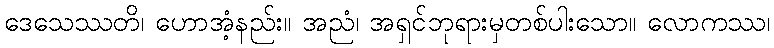
ဒေသေဿတိ၊ ဟောအံ့နည်း။ အညံ၊ အရှင်ဘုရားမှတစ်ပါးသော။ လောကဿ၊